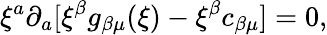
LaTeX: \xi^{a}\partial_{a}[\xi^{\beta}g_{\beta\mu}(\xi)-\xi^{\beta}c_{\beta\mu}]=0,